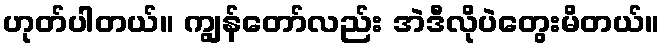
ဟုတ်ပါတယ်။ ကျွန်တော်လည်း အဲဒီလိုပဲတွေးမိတယ်။